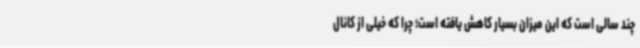
چند سالی است که این میزان بسیار کاهش یافته است؛ چرا که خیلی از کانال